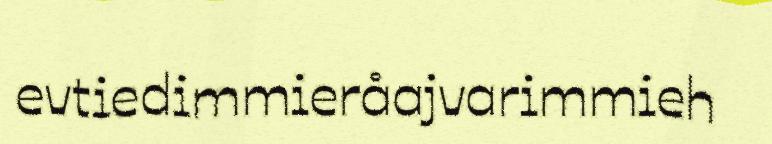
evtiedimmieråajvarimmieh